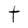
Character: t